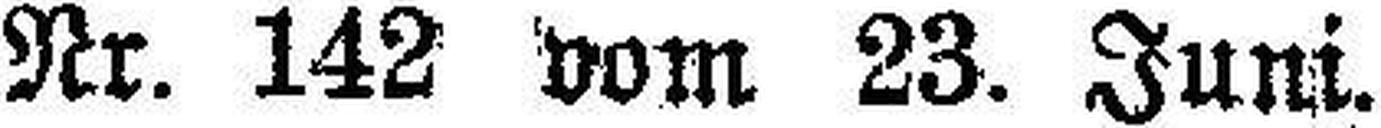
Nr. 142 vom 23. Juni.